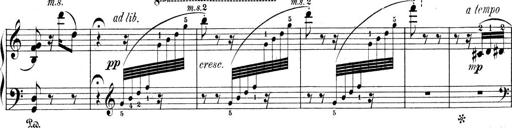
Title: 9 Sonatinen
Composer: Alexander Winterberger